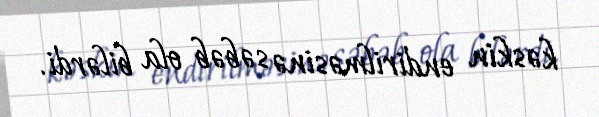
kəskin endirilməsinə səbəb ola bilərdi.